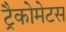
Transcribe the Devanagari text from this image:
ट्रैकोमेटस